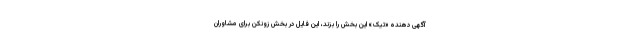
آگهی دهنده «تیک» این بخش را بزند، این فایل در بخش زونکن برای مشاوران